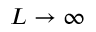
L \to \infty